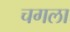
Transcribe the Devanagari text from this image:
चगला